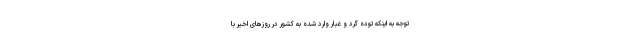
توجه به اینکه توده گرد و غبار وارد شده به کشور در روزهای اخیر با